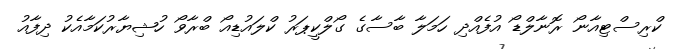
ކްރިސްޓިއާނޯ ރޮނާލްޑޯ އުފެއްދި ހަމަލާ ބާސާގެ ގޯލްކީޕަރު ކްލައުޑިއޯ ބްރާވޯ ހުޝިޔާރުކަމާއެކު ދިފާއު